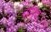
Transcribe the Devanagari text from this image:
रागाचं